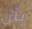
بأن